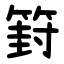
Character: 篈